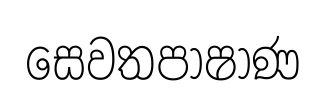
සෙවතපාෂාණ